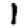
Digit: 1